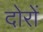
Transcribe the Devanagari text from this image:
दोरों